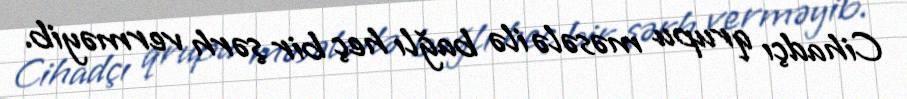
Cihadçı qrupu məsələ ilə bağlı heç bir şərh verməyib.